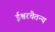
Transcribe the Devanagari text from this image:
ईश्वरचैतन्य